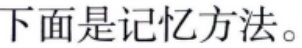
下面是记忆方法。